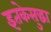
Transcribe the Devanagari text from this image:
इतकेसुद्धा